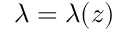
\lambda = \lambda ( z )